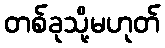
တစ်ခုသို့မဟုတ်